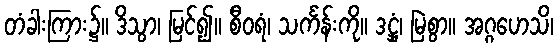
တံခါးကြား၌။ ဒိသွာ၊ မြင်၍။ စီဝရံ၊ သင်္ကန်းကို။ ဒဋ္ဌှံ၊ မြဲစွာ။ အဂ္ဂဟေသိ၊